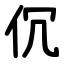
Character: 伔